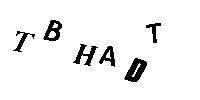
TBHADT